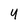
Character: 4